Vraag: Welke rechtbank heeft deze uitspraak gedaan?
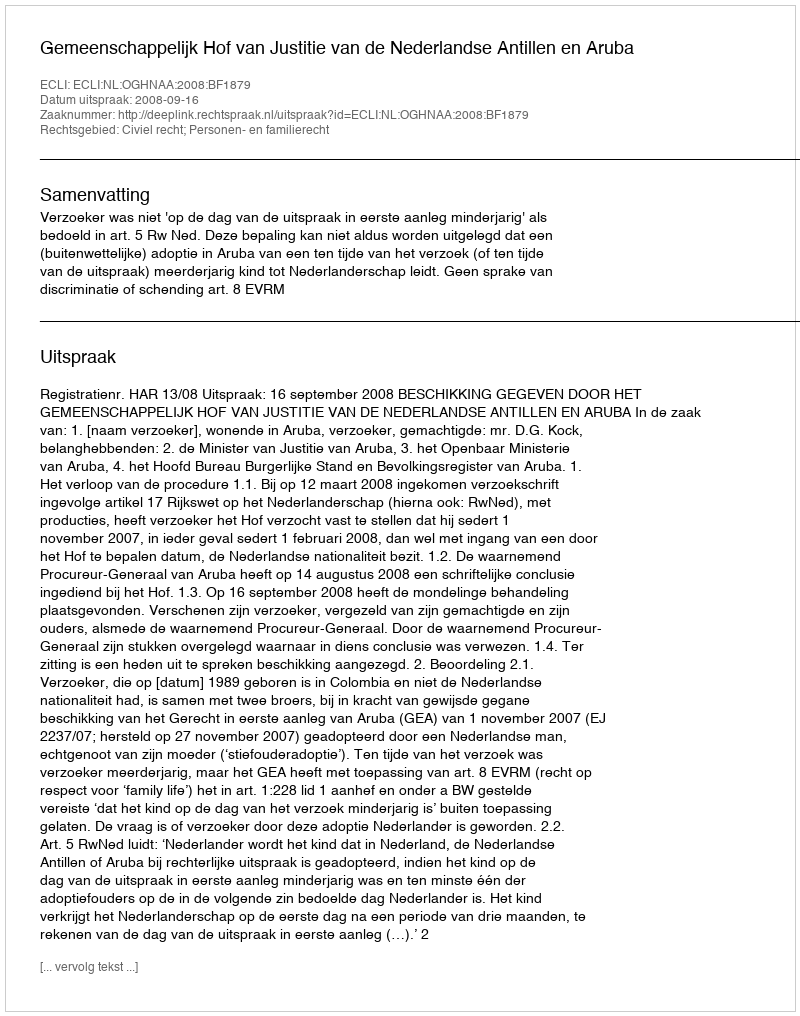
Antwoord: Gemeenschappelijk Hof van Justitie van de Nederlandse Antillen en Aruba